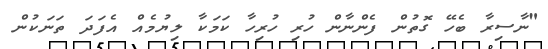
"ނާސިރާ ބެހޭ ގޮތުން ފެންނާން ހުރި ހުރިހާ ކަމަކާ ލިޔުމެއް އެފަދަ ތަނަކުން